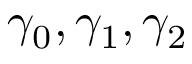
\gamma _ { 0 } , \gamma _ { 1 } , \gamma _ { 2 }